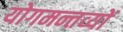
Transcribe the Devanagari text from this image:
योगमन्तव्यों